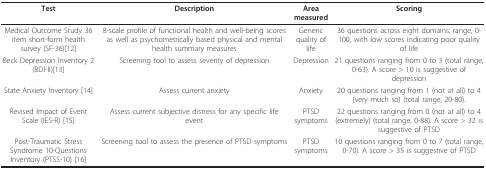
| Test | Description | Area measured | Scoring |
 | --- | --- | --- | --- |
 | Medical Outcome Study 36 item short-form health survey (SF-36)[12] | 8-scale profile of functional health and well-being scores as well as psychometrically based physical and mental health summary measures | Generic quality of life | 36 questions across eight domains; range, 0-100, with low scores indicating poor quality of life |
 | Beck Depression Inventory 2 (BDI-II)[13] | Screening tool to assess severity of depression | Depression | 21 questions ranging from 0 to 3 (total range, 0-63). A score > 10 is suggestive of depression |
 | State Anxiety Inventory [14] | Assess current anxiety | Anxiety | 20 questions ranging from 1 (not at all) to 4 (very much so) (total range, 20-80). |
 | Revised Impact of Event Scale (IES-R) [15] | Assess current subjective distress for any specific life event | PTSD symptoms | 22 questions ranging from 0 (not at all) to 4 (extremely) (total range, 0-88). A score > 32 is suggestive of PTSD |
 | Post-Traumatic Stress Syndrome 10-Questions Inventory (PTSS-10) [16] | Screening tool to assess the presence of PTSD symptoms | PTSD symptoms | 10 questions ranging from 0 to 7 (total range, 0-70). A score > 35 is suggestive of PTSD |